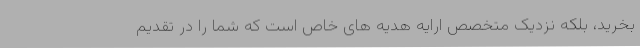
بخرید، بلکه نزدیک متخصص ارایه هدیه های خاص است که شما را در تقدیم